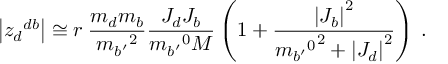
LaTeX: \left| { z _ { d } } ^ { d b } \right| \cong r \: \frac { m _ { d } m _ { b } } { { m _ { b ^ { \prime } } } ^ { 2 } } \frac { J _ { d } J _ { b } } { { m _ { b ^ { \prime } } } ^ { 0 } M } \left( 1 + \frac { \left| J _ { b } \right| ^ { 2 } } { { { m _ { b ^ { \prime } } } ^ { 0 } } ^ { 2 } + \left| J _ { d } \right| ^ { 2 } } \right) \: .